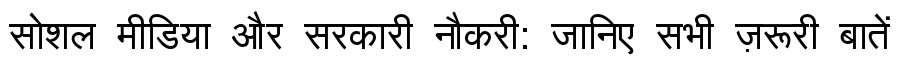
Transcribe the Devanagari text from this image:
सोशल मीडिया और सरकारी नौकरी: जानिए सभी ज़रूरी बातें